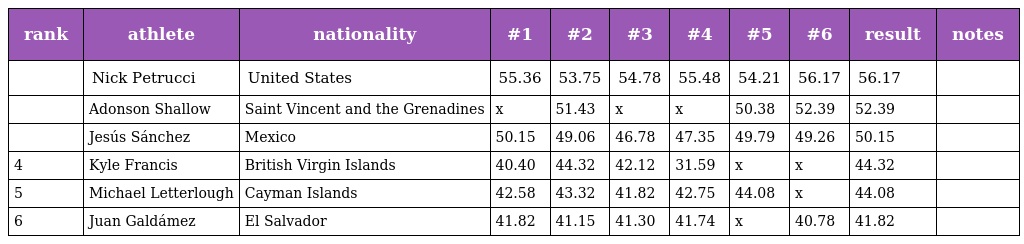
| rank | athlete | nationality | #1 | #2 | #3 | #4 | #5 | #6 | result | notes |
 | --- | --- | --- | --- | --- | --- | --- | --- | --- | --- | --- |
 |  | Nick Petrucci | United States | 55.36 | 53.75 | 54.78 | 55.48 | 54.21 | 56.17 | 56.17 |  |
 |  | Adonson Shallow | Saint Vincent and the Grenadines | x | 51.43 | x | x | 50.38 | 52.39 | 52.39 |  |
 |  | Jesús Sánchez | Mexico | 50.15 | 49.06 | 46.78 | 47.35 | 49.79 | 49.26 | 50.15 |  |
 | 4 | Kyle Francis | British Virgin Islands | 40.40 | 44.32 | 42.12 | 31.59 | x | x | 44.32 |  |
 | 5 | Michael Letterlough | Cayman Islands | 42.58 | 43.32 | 41.82 | 42.75 | 44.08 | x | 44.08 |  |
 | 6 | Juan Galdámez | El Salvador | 41.82 | 41.15 | 41.30 | 41.74 | x | 40.78 | 41.82 |  |